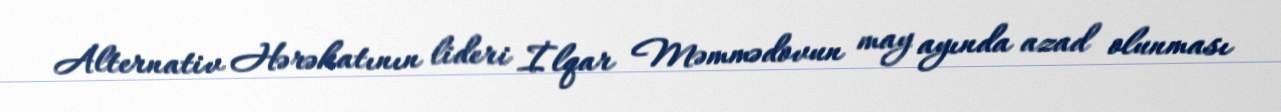
Alternativ Hərəkatının lideri İlqar Məmmədovun may ayında azad olunması